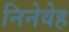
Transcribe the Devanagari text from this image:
निनेवेह